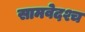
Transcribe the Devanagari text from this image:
सामवेदश्च